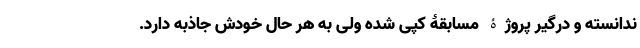
ندانسته و درگیر پروژۀ مسابقۀ کپی شده ولی به هر حال خودش جاذبه دارد.